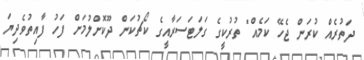
ދަތުރެއް ކުރަން ޖެހޭ ކަމެއް" ތުރުކީގެ ގަލަޓަސަރާއީގެ ކޯޗުކަން ދޫކޮށްލުމަށް ފަހު ފާއިތުވެދިޔަ